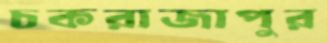
চকরাজাপুর